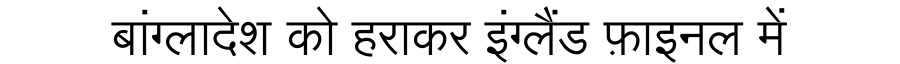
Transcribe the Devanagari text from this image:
बांग्लादेश को हराकर इंग्लैंड फ़ाइनल में